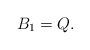
LaTeX: \begin{align*} B_1 = Q.\end{align*}